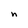
Character: n